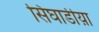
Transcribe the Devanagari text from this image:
सिंघाडीय़ा